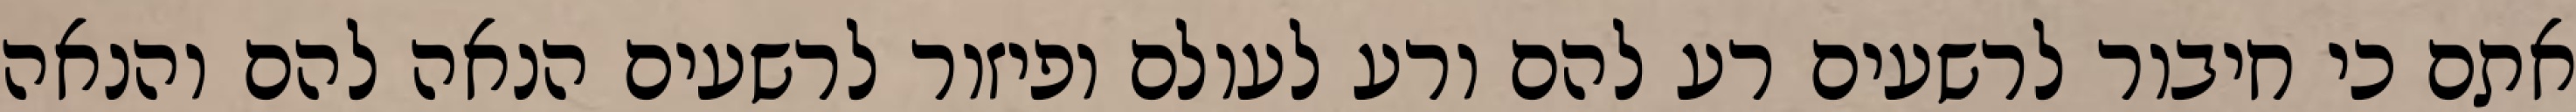
אתם כי חיבור לרשעים רע להם ורע לעולם ופיזור לרשעים הנאה להם והנאה